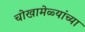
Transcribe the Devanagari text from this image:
चोखामेळ्यांच्या